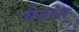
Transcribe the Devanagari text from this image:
घेतांत